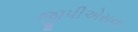
જીપીએસના